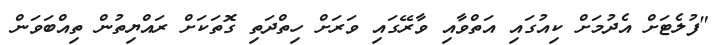
"ފުލެޓަށް އެދުމަށް ކިއުގައި އަތްވާއި ވާރޭގައި ވަރަށް ހިތްދަތި ގޮތަކަށް ރައްޔިތުން ތިއްބަވަން